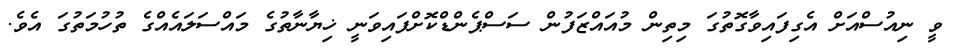
ވީ ނިއުސްއަށް އެގިފައިވާގޮތުގަ މިތިން މުއައްޒަފުން ސަސްޕެންޑްކޮށްފައިވަނީ ޚިޔާނާތުގެ މައްސަލައެއްގެ ތުހުމަތުގަ އެވެ.